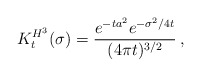
\begin{align*}K^{H^3}_t(\sigma)=\frac{e^{-ta^2}e^{-\sigma^2/4t}}{(4\pi t)^{3/2}}\:,\end{align*}